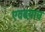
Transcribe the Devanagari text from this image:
एवढय़ाच